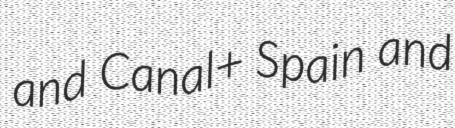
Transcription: and Canal+ Spain and